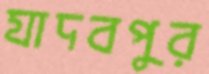
যাদবপুর